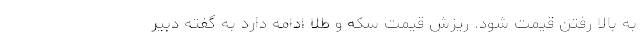
به بالا رفتن قیمت شود. ریزش قیمت سکه و طلا ادامه دارد به گفته دبیر